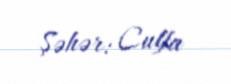
Şəhər: Culfa